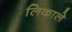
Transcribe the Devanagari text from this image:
लिकाले